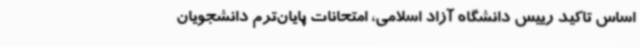
اساس تاکید رییس دانشگاه آزاد اسلامی، امتحانات پایان‌ترم دانشجویان